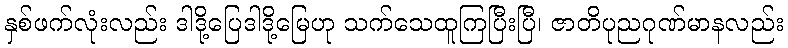
နှစ်ဖက်လုံးလည်း ဒါဒို့ပြေဒါဒို့မြေဟု သက်သေထူကြပြီးပြီ၊ ဇာတိပုညဂုဏ်မာနလည်း